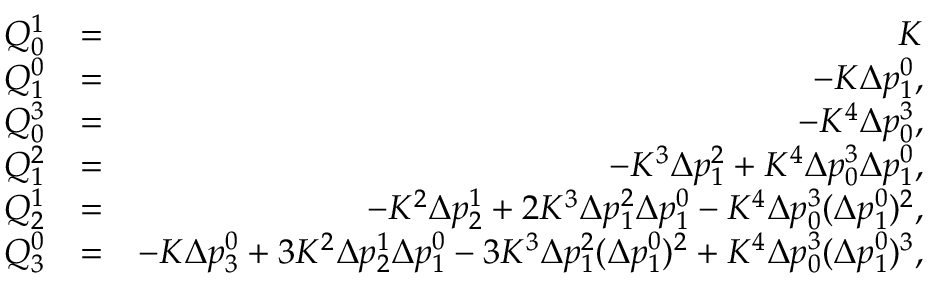
\begin{array} { r l r } { Q _ { 0 } ^ { 1 } } & { = } & { K } \\ { Q _ { 1 } ^ { 0 } } & { = } & { - K \Delta p _ { 1 } ^ { 0 } , } \\ { Q _ { 0 } ^ { 3 } } & { = } & { - K ^ { 4 } \Delta p _ { 0 } ^ { 3 } , } \\ { Q _ { 1 } ^ { 2 } } & { = } & { - K ^ { 3 } \Delta p _ { 1 } ^ { 2 } + K ^ { 4 } \Delta p _ { 0 } ^ { 3 } \Delta p _ { 1 } ^ { 0 } , } \\ { Q _ { 2 } ^ { 1 } } & { = } & { - K ^ { 2 } \Delta p _ { 2 } ^ { 1 } + 2 K ^ { 3 } \Delta p _ { 1 } ^ { 2 } \Delta p _ { 1 } ^ { 0 } - K ^ { 4 } \Delta p _ { 0 } ^ { 3 } ( \Delta p _ { 1 } ^ { 0 } ) ^ { 2 } , } \\ { Q _ { 3 } ^ { 0 } } & { = } & { - K \Delta p _ { 3 } ^ { 0 } + 3 K ^ { 2 } \Delta p _ { 2 } ^ { 1 } \Delta p _ { 1 } ^ { 0 } - 3 K ^ { 3 } \Delta p _ { 1 } ^ { 2 } ( \Delta p _ { 1 } ^ { 0 } ) ^ { 2 } + K ^ { 4 } \Delta p _ { 0 } ^ { 3 } ( \Delta p _ { 1 } ^ { 0 } ) ^ { 3 } , } \end{array}